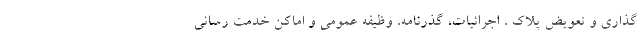
گذاری و تعویض پلاک ، اجرائیات، گذرنامه، وظیفه عمومی و اماکن خدمت رسانی